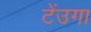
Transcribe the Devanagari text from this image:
टेंउगा